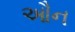
ઔન